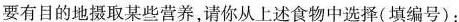
要有目的地摄取某些营养，请你从上述食物中选择(填编号)：